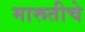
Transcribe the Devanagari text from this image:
मारूतीचे